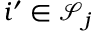
i ^ { \prime } \in \mathcal S _ { j }